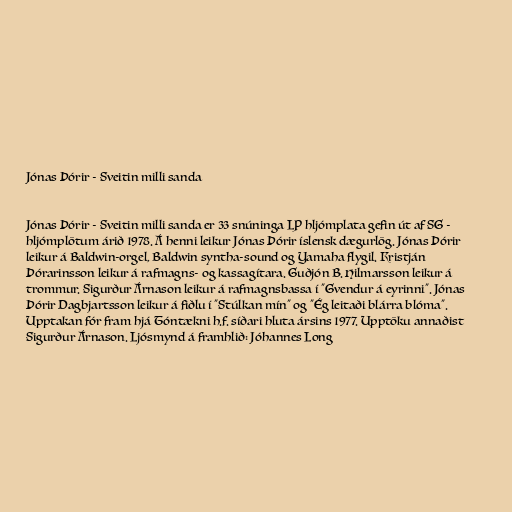
Jónas Þórir - Sveitin milli sanda

Jónas Þórir - Sveitin milli sanda er 33 snúninga LP hljómplata gefin út af SG -
hljómplötum árið 1978. Á henni leikur Jónas Þórir íslensk dægurlög. Jónas Þórir
leikur á Baldwin-orgel, Baldwin syntha-sound og Yamaha flygil. Kristján
Þórarinsson leikur á rafmagns- og kassagítara. Guðjón B. Hilmarsson leikur á
trommur. Sigurður Árnason leikur á rafmagnsbassa í "Gvendur á eyrinni". Jónas
Þórir Dagbjartsson leikur á fiðlu í "Stúlkan mín" og "Ég leitaði blárra blóma".
Upptakan fór fram hjá Tóntækni h.f. síðari hluta ársins 1977. Upptöku annaðist
Sigurður Árnason. Ljósmynd á framhlið: Jóhannes Long